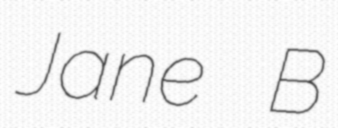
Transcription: Jane B